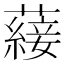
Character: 𮒕